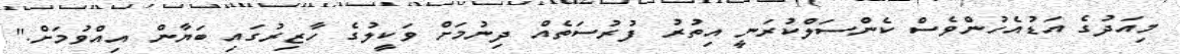
މިއަދުގެ އަޑުއެހުންވެސް ކެންސަލްކުރަނީ އިތުރު ފުރުސަތެއް ދިނުމަށް ވަކީލުގެ ހާޒިރުގައި ބަޔާން އިއްވުމަށް."